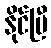
နိုင်ပြီ